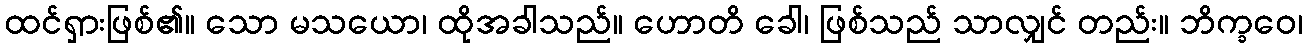
ထင်ရှားဖြစ်၏။ သော မသယော၊ ထိုအခါသည်။ ဟောတိ ခေါ၊ ဖြစ်သည် သာလျှင် တည်း။ ဘိက္ခဝေ၊